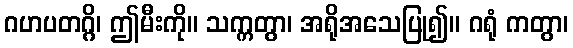
ဂဟပတဂ္ဂိ၊ ဤမီးကို။ သက္ကတွာ၊ အရိုအသေပြု၍။ ဂရုံ ကတွာ၊